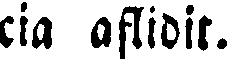
cia aflidit.